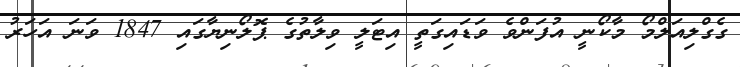
ގެގްލިއަލްމޯ މާކޯނީ އުފަންވެ ވަޑައިގަތީ އިޓަލީ ވިލާތުގެ ޕޮލޯނިޔާގައި 1847 ވަނަ އަހަރު